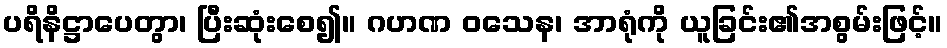
ပရိနိဋ္ဌာပေတွာ၊ ပြီးဆုံးစေ၍။ ဂဟဏ ဝသေန၊ အာရုံကို ယူခြင်း၏အစွမ်းဖြင့်။